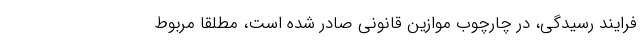
فرایند رسیدگی، در چارچوب موازین قانونی صادر شده است، مطلقاً مربوط